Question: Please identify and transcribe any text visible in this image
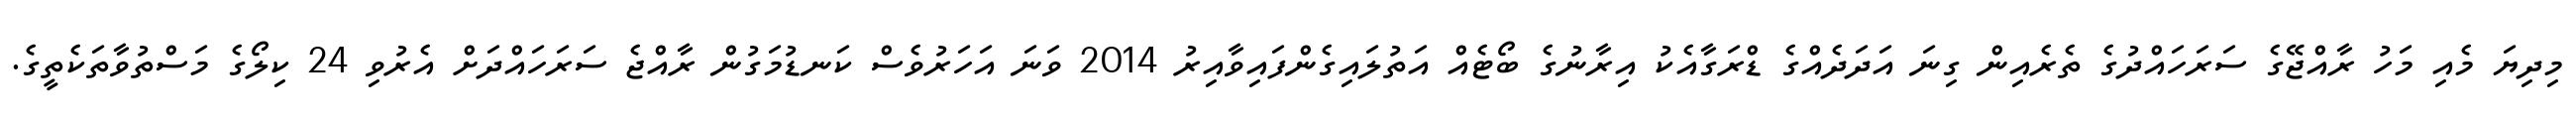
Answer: މިދިޔަ މެއި މަހު ރާއްޖޭގެ ސަރަހައްދުގެ ތެރެއިން ގިނަ އަދަދެއްގެ ޑްރަގާއެކު އިރާނުގެ ބޯޓެއް އަތުލައިގެންފައިވާއިރު 2014 ވަނަ އަހަރުވެސް ކަނޑުމަގުން ރާއްޖެ ސަރަހައްދަށް އެރުވި 24 ކިލޯގެ މަސްތުވާތަކެތީގެ.